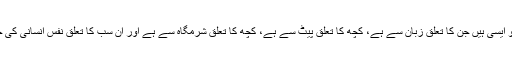
برائیاں کچھ تو ایسی ہیں جن کا تعلق زبان سے ہے، کچھ کا تعلق پیٹ سے ہے، کچھ کا تعلق شرمگاہ سے ہے اور ان سب کا تعلق نفسِ انسانی کی خواہشات سے۔